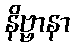
နိဗ္ဗာနာ